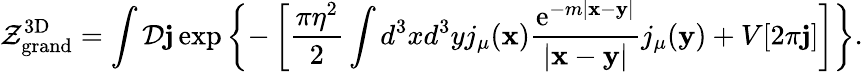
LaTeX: {\cal Z}_{\mathrm{grand}}^{\mathrm{3D}}=\int{\cal D}{\mathbf j}\exp\left\{ -\left[\frac{\pi\eta^{2}}{2}\int d^{3}xd^{3}yj_{\mu}({\mathbf x})\frac{\mathrm{e}^{-m|{\mathbf x}-{\mathbf y}|}}{|{\mathbf x}-{\mathbf y}|}j_{\mu}({\mathbf y})+V[2\pi{\mathbf j}]\right]\right\} .